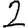
Digit: 2